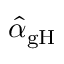
\hat { \alpha } _ { \mathrm { g H } }